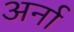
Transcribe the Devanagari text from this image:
अर्ना